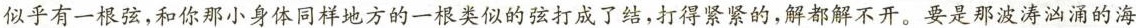
似乎有一根弦，和你那小身体同样地方的一根类似的弦打成了结，打得紧紧的，解都解不开。要是那波涛汹涌的海